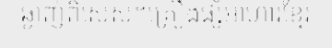
ឆ្ងាញ់ពិសេស។គ្រឿងផ្សំអាហារខ្មែរ